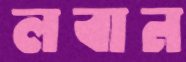
লবান